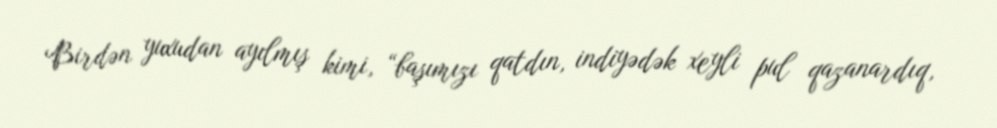
Birdən yuxudan ayılmış kimi, “başımızı qatdın, indiyədək xeyli pul qazanardıq,